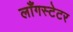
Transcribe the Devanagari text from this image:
लाँगस्टेटर